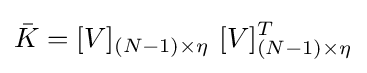
{\bar {K}}=[V]_{(N-1)\times \eta }\ [V]_{(N-1)\times \eta }^{T}